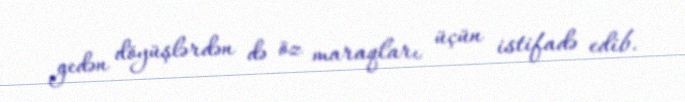
gedən döyüşlərdən də öz maraqları üçün istifadə edib.